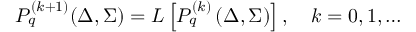
P _ { q } ^ { ( k + 1 ) } ( \Delta , \Sigma ) = { \cal L } \left[ P _ { q } ^ { ( k ) } \left( \Delta , \Sigma \right) \right] , \quad k = 0 , 1 , \dots